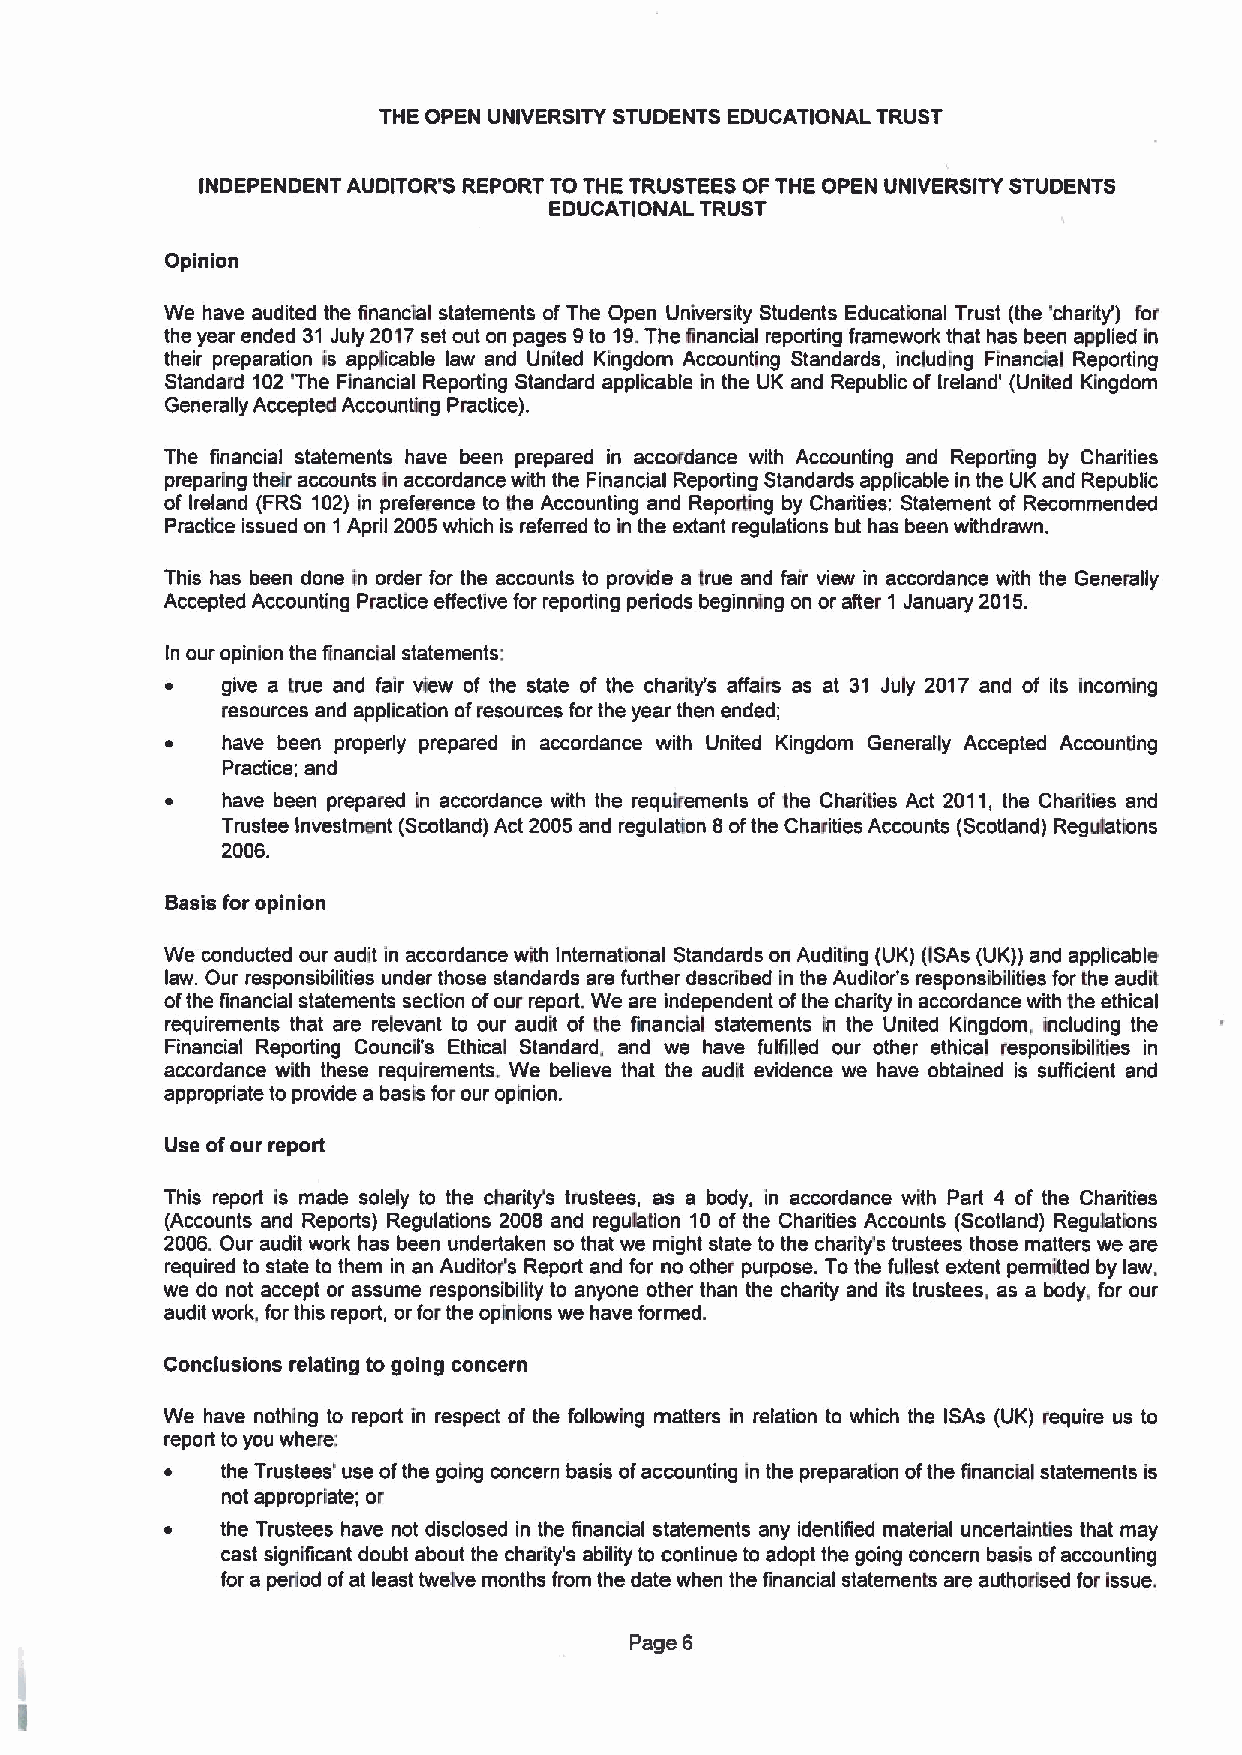
THE OPEN UNIVERSITY STUDENTS EDUCATIONAL TRUST
 INDEPENDENT AUDITOR'6 REPORT TO THE TRUSTEES OF THE OPEN UNIVERSITY STUDENTS
 EDUCATIONAL TRUST
 Opinion
 We have audited the financial statements of The Open University Students Educational Trust (the 'charity') for
 the year ended 31 July 2017set out on pages 9to 19.The linancial reporting framework that has been applied in
 their preparation is applicable law and United Kingdom Accounting Standards, including Financial Reporting
 Standard 102'The Financial Reporting Standard applicable in the UK and Republic of Ireland' (United Kingdom
 Generally Accepted Accounting Practice).
 The financial statements have been prepared in accordance with Accounting and Reporting by Charities
 preparing their accounts in accordance with the Financial Reporting Standards applicable in the UK and Republic
 of Ireland (FRS 102) in preference to the Accounting and Reporting by Charities: Statement of Recommended
 Pracrice issued on 1 April 2005which is referred to kt the extant regulations but has been withdrawn.
 This has been done in order for the accounts to provide a true and fair view in accordance with the Generally
 Accepted Accounting Practice effective for reporting periods beginning on or after 1 January 2015.
 In our opinion the financial statements:
 ~   give a true and fair view of the state of the charily's affair as at 31 July 2017 and of its incoming
 resources and application ofresources for the year then ended;
 ~   have been properly prepared in accordance with United Kingdom Generally Accepted Accounting
 Practice; and
 ~   have been prepared in accordance with the requirements of the Charities Act 2011, the Charities and
 Trustee Investment (Scotland) Act 2005 and regulation 8ofthe Charities Accounts (Scotland) Regulations
 2006.
 Basis for opinion
 We conducted our audit in accordance with International Standards on Auditing (UK) (ISAs (UK)) and applicable
 law. Our responsibilities under those standards are further described in the Auditor's responsibilities forthe audit
 ofthe financial statements section ofour report. We are independent ofthe charity in accordance with the ethical
 requirements that are relevant to our audit of the financial statements in the United Kingdom, including the
 Financial Reporting Council's Ethical Standard. and we have fulfilled our other ethical responsibilities in
 accordance with these requirements. We believe that the audit evidence we have obtained is sufficient and
 appropriate to provide a basis for our opinion.
 Use ofour report
 This report is made solely to the charity's trustees, as a body, in accordance with Part 4 of the Charities
 (Accounts and Reports) Regulations 2008 and regubrtion 10 of the Charities Accounts (Scotland) Regulations
 2006. Our audit work has been undertaken so that we might state to the charity's trustees those matters we are
 required to state to them in an Auditor's Report and for no other purpose. Tothe fullest extent permitted by law,
 we do not accept or assume responsibility to anyone other than the charity and its trustees. as a body, for our
 audit work. for this report, or for the opinions we have formed.
 Conclusions relating to going concern
 We have nothing to report in respect of the following matters In relation to which the ISAs (UK) require us to
 report to you where:
 ~   the Trustees' use ofthe going concern basis ofaccounting in the preparation ofthe financial statements is
 not appropriate; or
 ~   the Trustees have not disclosed in the financial statements any identified material uncertainSes that may
 cast significant doubt about the charity's ability to continue to adopt the going concern basis ofaccounting
 for a period ofat least twelve months from the date when the financial statements are authorised for issue,
 Page 6